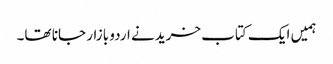
ہمیں ایک کتاب خریدنے اردو بازار جانا تھا۔